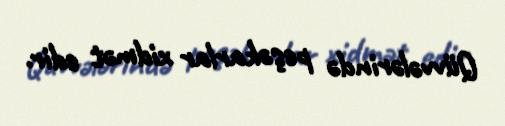
Qüvvələrində peşəkarlar xidmət edir.